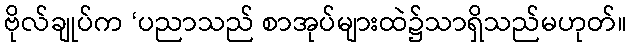
ဗိုလ်ချုပ်က ‘ပညာသည် စာအုပ်များထဲ၌သာရှိသည်မဟုတ်။